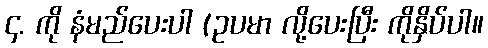
၄. ကို နံမည်ပေးပါ (ဥပမာ လို့ပေးပြီး ကိုနှိပ်ပါ။